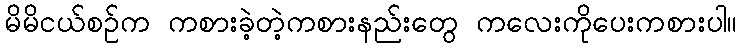
မိမိငယ်စဉ်က ကစားခဲ့တဲ့ကစားနည်းတွေ ကလေးကိုပေးကစားပါ။